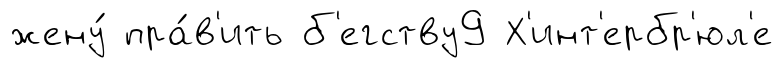
жену́ пра́в'ить б'егству9 Х'инт'ербр'юл'е